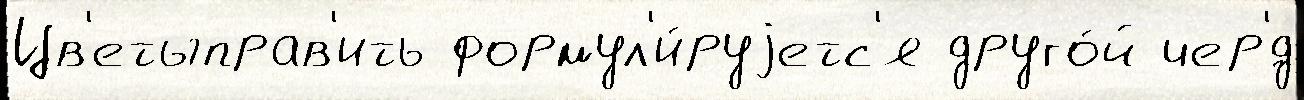
Цв'етыправ'ить формул'и́руjетс'я друго́й чер'́д